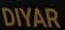
DIYAR